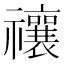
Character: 禳